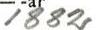
1882